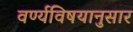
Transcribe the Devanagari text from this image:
वर्ण्यविषयानुसार